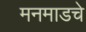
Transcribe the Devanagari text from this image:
मनमाडचे